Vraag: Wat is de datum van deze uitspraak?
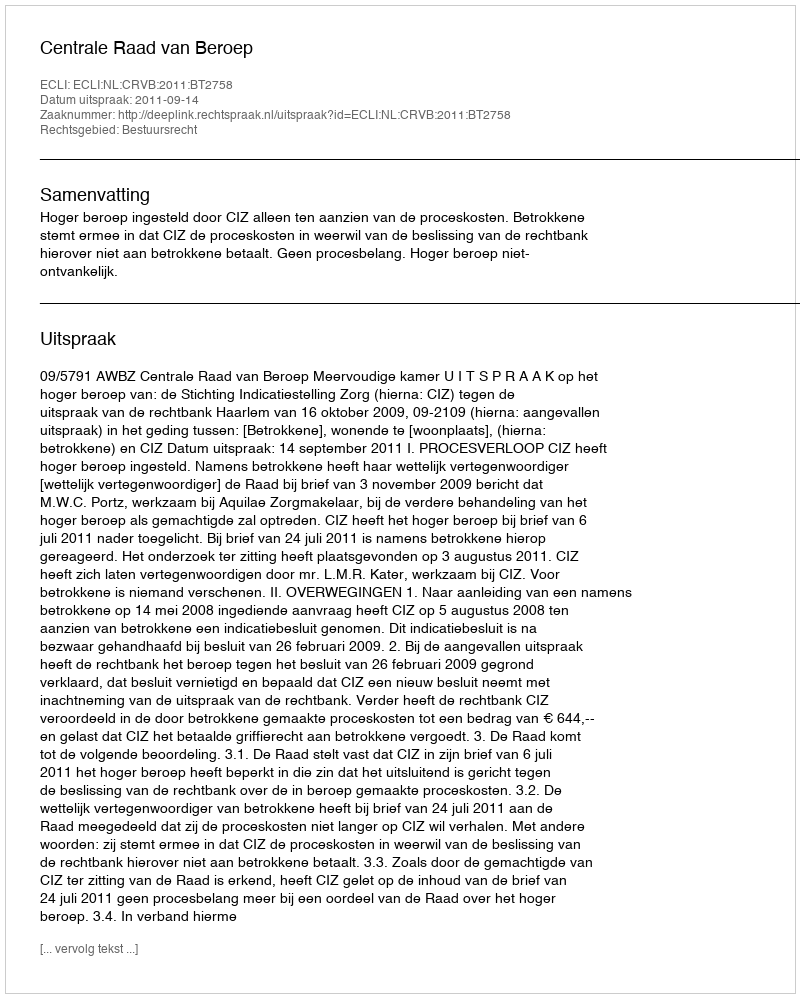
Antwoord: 2011-09-14